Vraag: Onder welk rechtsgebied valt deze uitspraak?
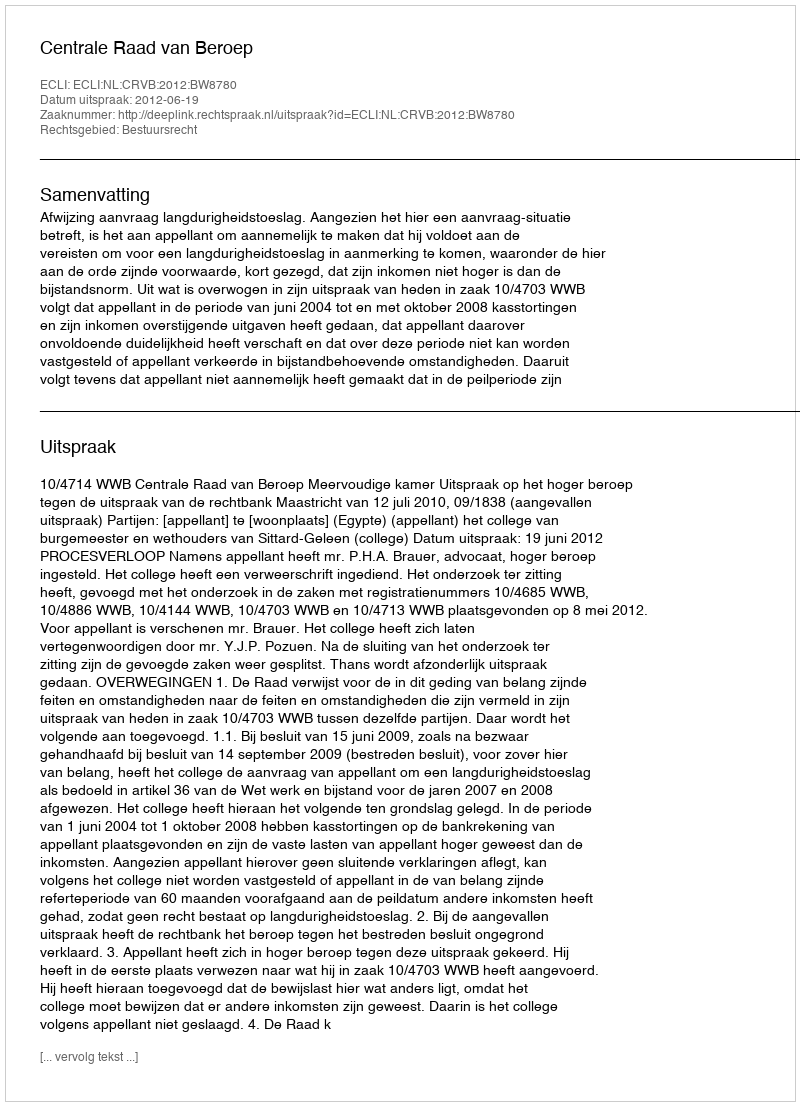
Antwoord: Bestuursrecht